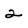
Character: 2